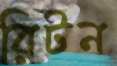
রিটন